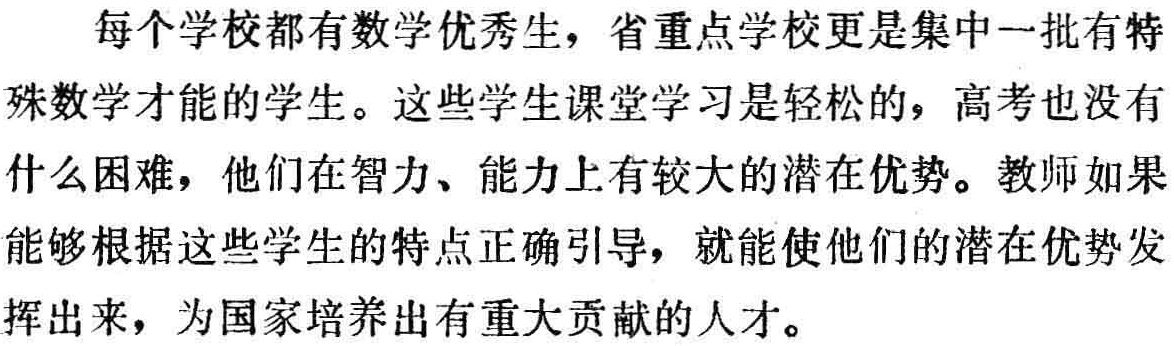
每个学校都有数学优秀生，省重点学校更是集中一批有特殊数学才能的学生。这些学生课堂学习是轻松的，高考也没有什么困难，他们在智力、能力上有较大的潜在优势。教师如果能够根据这些学生的特点正确引导，就能使他们的潜在优势发挥出来，为国家培养出有重大贡献的人才。